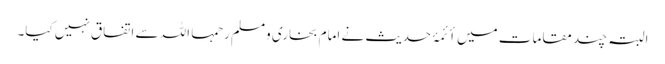
البتہ چند مقامات میں أئمۂ حدیث نے امام بخاری ومسلم رحمہا اللہ سے اتفاق نہیں کیا۔